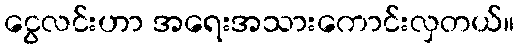
ငွေလင်းဟာ အရေးအသားကောင်းလှတယ်။